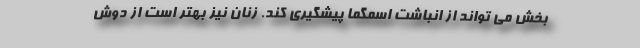
بخش می تواند از انباشت اسمگما پیشگیری کند. زنان نیز بهتر است از دوش